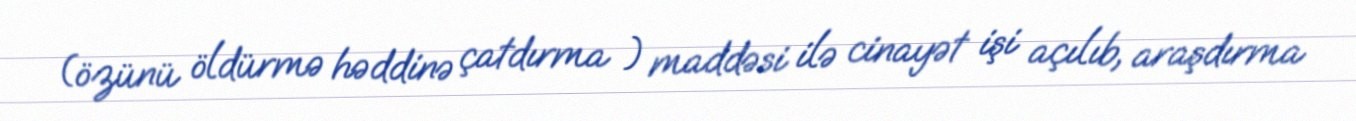
(özünü öldürmə həddinə çatdırma ) maddəsi ilə cinayət işi açılıb, araşdırma